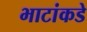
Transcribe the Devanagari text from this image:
भाटांकडे